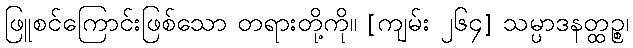
ဖြူစင်ကြောင်းဖြစ်သော တရားတို့ကို။ [ကျမ်း ၂၆၄] သမ္ပာဒနတ္ထဉ္စ၊